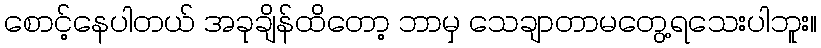
စောင့်နေပါတယ် အခုချိန်ထိတော့ ဘာမှ သေချာတာမတွေ့ရသေးပါဘူး။